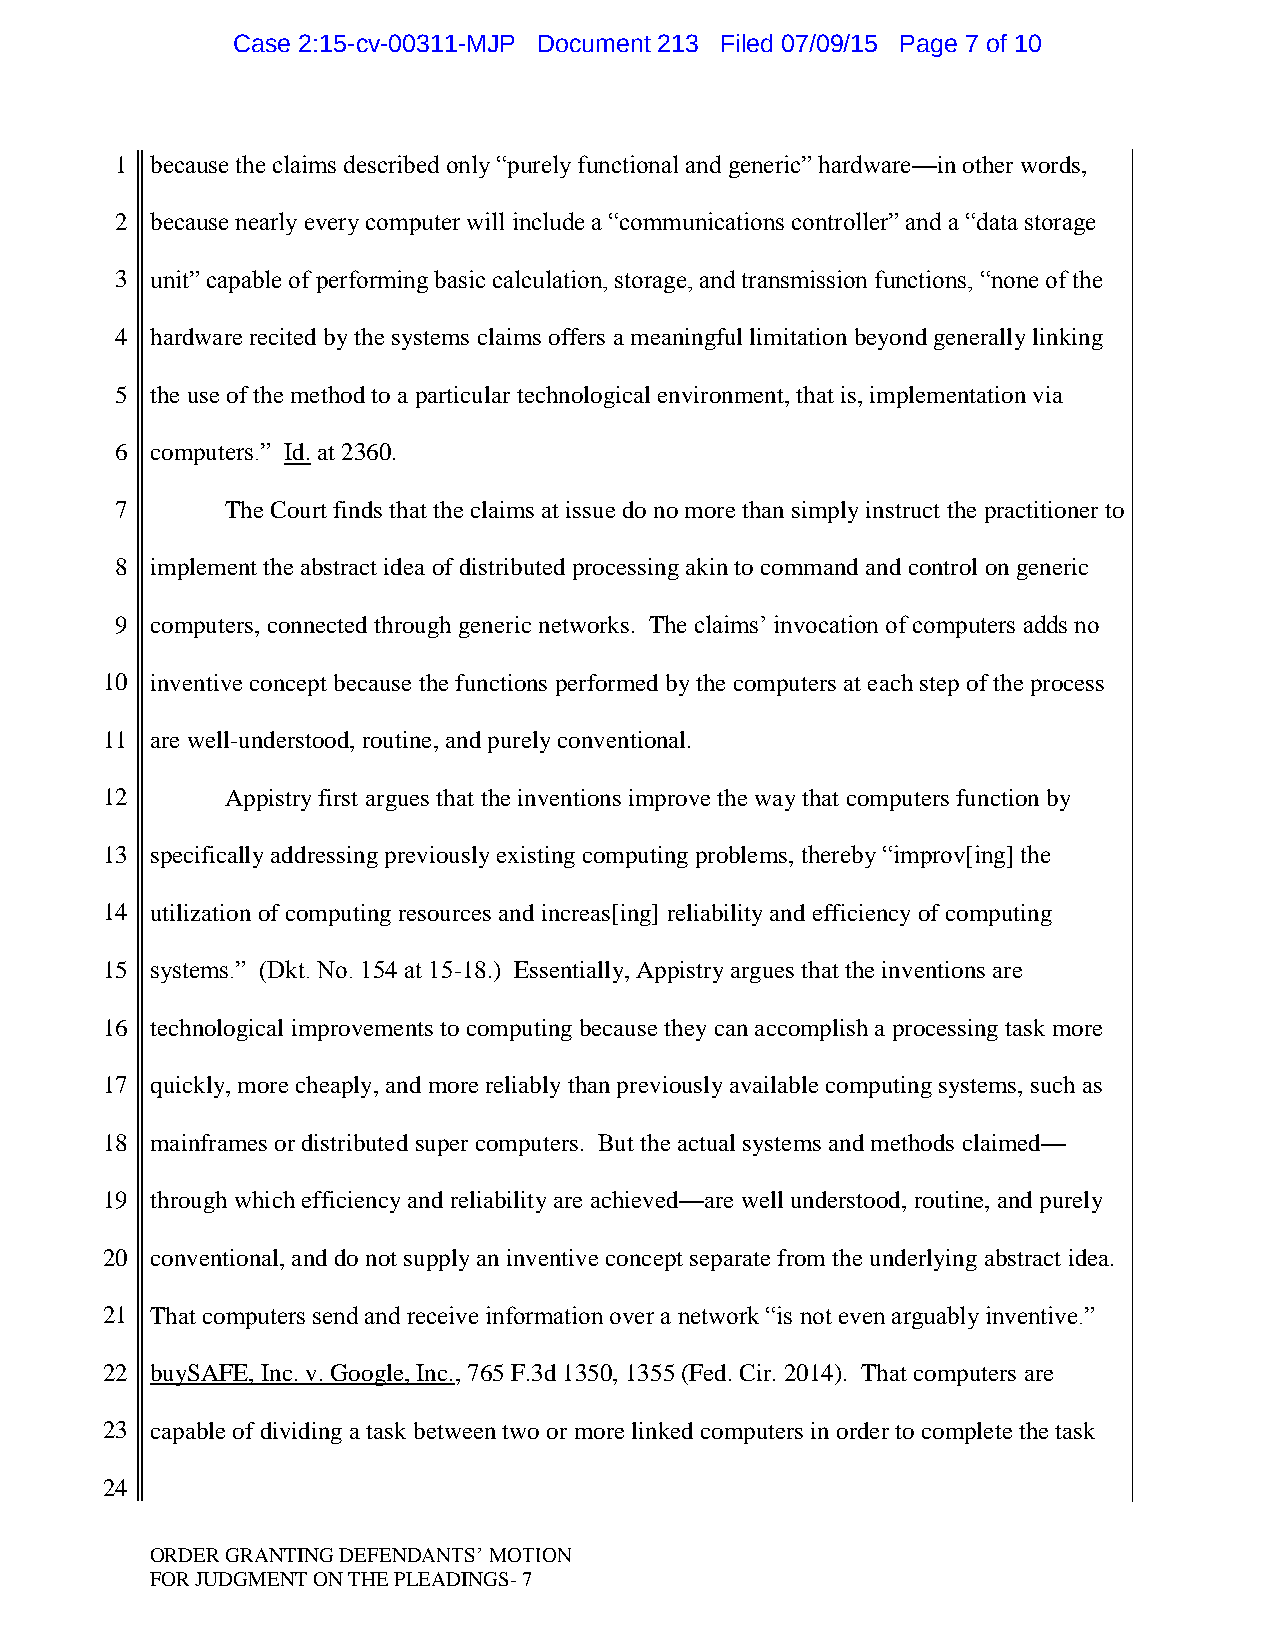
Case 2:15-cv-00311-MJP Document 213 Filed 07/09/15 Page 7 of 10
 1 because the claims described only “purely functional and generic” hardware—in other words,
 2 because nearly every computer will include a “communications controller” and a “data storage
 3 unit” capable of performing basic calculation, storage, and transmission functions, “none of the
 4 hardware recited by the systems claims offers a meaningful limitation beyond generally linking
 5 the use of the method to a particular technological environment, that is, implementation via
 6 computers.” Id. at 2360.
 7      The Court finds that the claims at issue do no more than simply instruct the practitioner to
 8 implement the abstract idea of distributed processing akin to command and control on generic
 9 computers, connected through generic networks. The claims‟ invocation of computers adds no
 10 inventive concept because the functions performed by the computers at each step of the process
 11 are well-understood, routine, and purely conventional.
 12      Appistry first argues that the inventions improve the way that computers function by
 13 specifically addressing previously existing computing problems, thereby “improv[ing] the
 14 utilization of computing resources and increas[ing] reliability and efficiency of computing
 15 systems.” (Dkt. No. 154 at 15-18.) Essentially, Appistry argues that the inventions are
 16 technological improvements to computing because they can accomplish a processing task more
 17 quickly, more cheaply, and more reliably than previously available computing systems, such as
 18 mainframes or distributed super computers. But the actual systems and methods claimed—
 19 through which efficiency and reliability are achieved—are well understood, routine, and purely
 20 conventional, and do not supply an inventive concept separate from the underlying abstract idea.
 21 That computers send and receive information over a network “is not even arguably inventive.”
 22 buySAFE, Inc. v. Google, Inc., 765 F.3d 1350, 1355 (Fed. Cir. 2014). That computers are
 23 capable of dividing a task between two or more linked computers in order to complete the task
 24
 ORDER GRANTING DEFENDANTS‟ MOTION
 FOR JUDGMENT ON THE PLEADINGS- 7